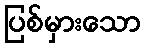
ပြစ်မှားသော